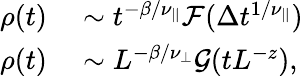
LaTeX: \begin{array}{rl}{\rho(t)}&{{}\sim t^{-\beta/\nu_{||}}\mathcal{F}(\Delta t^{1/\nu_{||}})}\\ {\rho(t)}&{{}\sim L^{-\beta/\nu_{\perp}}\mathcal{G}(tL^{-z}),}\end{array}